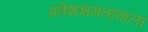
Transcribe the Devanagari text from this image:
प्रवेशक्षमतावाला